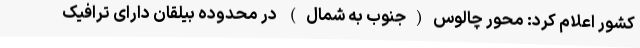
کشور اعلام کرد: محور چالوس(جنوب به شمال) در محدوده بیلقان دارای ترافیک